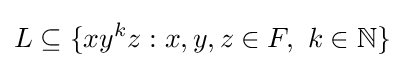
L\subseteq \{xy^{k}z:x,y,z\in F,\ k\in \mathbb {N} \}\